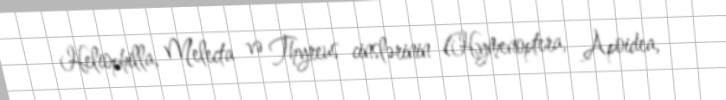
Heliophilla, Melecta və Thyreus cinslərinin (Hymenoptera, Apoidea,